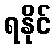
ရနိုင်